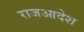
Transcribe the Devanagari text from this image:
राजआदेश